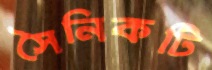
সৈনিকটি